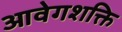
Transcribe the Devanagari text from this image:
आवेगशक्ति